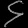
Digit: ၄